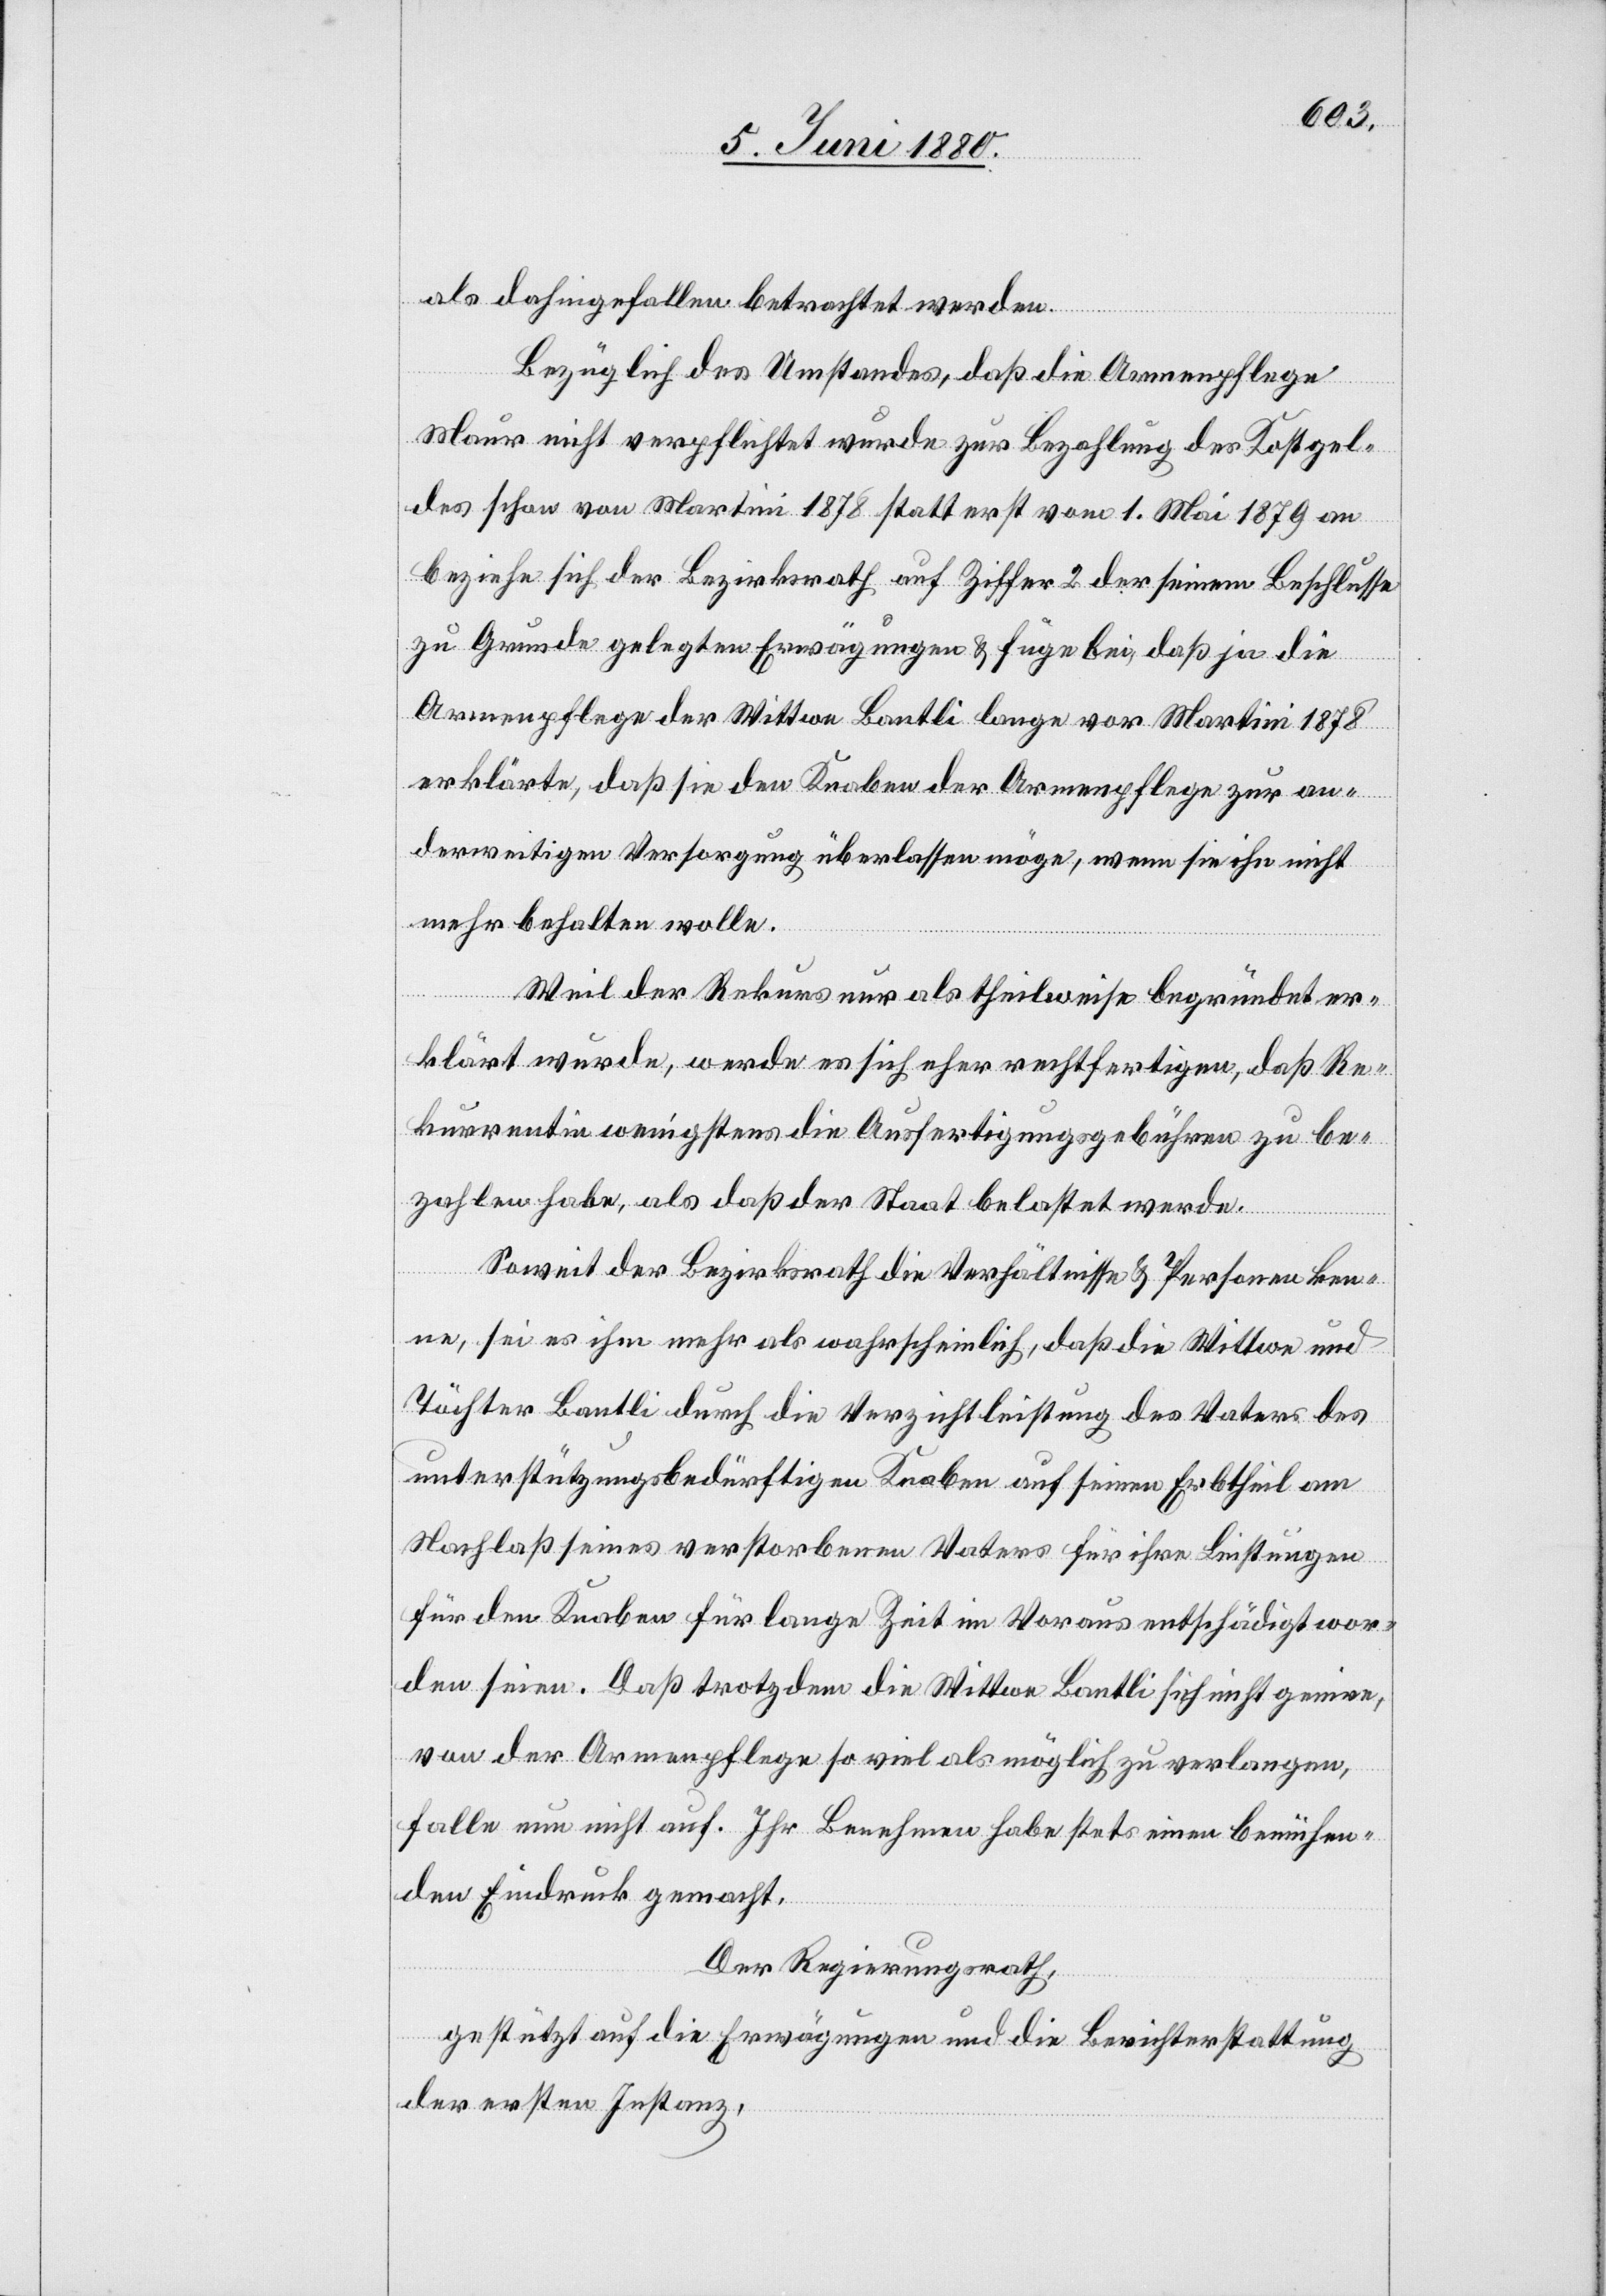
als dahingefallen betrachtet werden.
Bezüglich des Umstandes, daß die Armenpflege
Maur nicht verpflichtet wurde zur Bezahlung des Kostgel¬
des schon von Martini 1878 statt erst von 1. Mai 1879 an
beziehe sich der Bezirksrath auf Ziffer 2 der seinem Beschlusse
zu Grunde gelegten Erwägungen & füge bei, daß ja die
Armenpflege der Wittwe Bantli lange vor Martini 1878
erklärte, daß sie den Knaben der Armenpflege zur an¬
derweitigen Versorgung überlassen möge, wenn sie ihn nicht
mehr behalten wolle.
Weil der Rekurs nur als theilweise begründet er¬
klärt wurde, werde es sich eher rechtfertigen, daß Re¬
kurrentin wenigstens die Ausfertigungsgebühren zu be¬
zahlen habe, als daß der Staat belastet werde.
Soweit der Bezirksrath die Verhältnisse & Personen ken¬
ne, sei es ihm mehr als wahrscheinlich, daß die Wittwe und
Töchter Bantli durch die Verzichtleistung des Vaters des
unterstützungsbedürftigen Knaben auf seinen Erbtheil am
Nachlaß seines verstorbenen Vaters für ihre Leistungen
für den Knaben für lange Zeit im Voraus entschädigt wor¬
den seien. Daß trotzdem die Wittwe Bantli sich nicht genire,
von der Armenpflege so viel als möglich zu verlangen,
falle nun nicht auf. Ihr Benehmen habe stets einen bemühen¬
den Eindruck gemacht.
Der Regierungsrath,
gestützt auf die Erwägungen und die Berichterstattung
der ersten Instanz,